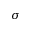
\sigma